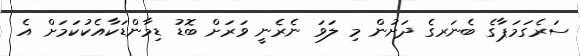
ސަރެގަމަޕާގެ ބެނަރގެ ދަށުން މި ލަވަ ނެރެނީ ވަރަށް ބޮޑު ޑިމާންޑަކާއެކުކަމަށް އެ